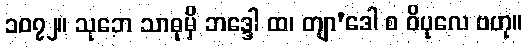
၁၀၇၂။ သုဘေ သာဓုမှိ ဘဒ္ဒေါ ထ၊ တျာ’ဒေါ စ ဝိပုလေ ဗဟု။